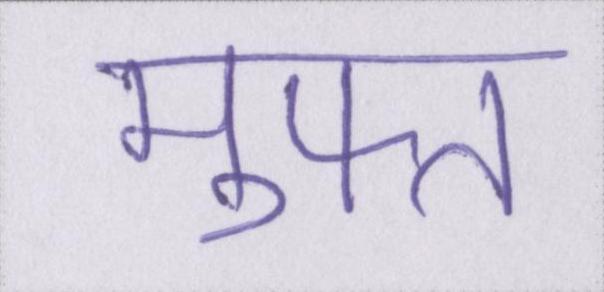
मुफ्त